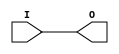
// $Header: /devl/xcs/repo/env/Databases/CAEInterfaces/verunilibs/data/unisims/IBUF_PCIX66_3.v,v 1.5.158.1 2007/03/09 18:13:06 patrickp Exp $
///////////////////////////////////////////////////////////////////////////////
// Copyright (c) 1995/2004 Xilinx, Inc.
// All Right Reserved.
///////////////////////////////////////////////////////////////////////////////
//   ____  ____
//  /   /\/   /
// /___/  \  /    Vendor : Xilinx
// \   \   \/     Version : 8.1i (I.13)
//  \   \         Description : Xilinx Functional Simulation Library Component
//  /   /                  Input Buffer with PCIX66_3 I/O Standard
// /___/   /\     Filename : IBUF_PCIX66_3.v
// \   \  /  \    Timestamp : Thu Mar 25 16:42:35 PST 2004
//  \___\/\___\
//
// Revision:
//    03/23/04 - Initial version.
// End Revision

`timescale  100 ps / 10 ps


module IBUF_PCIX66_3 (O, I);

    output O;

    input  I;

	buf B1 (O, I);


endmodule